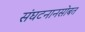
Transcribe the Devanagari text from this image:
संघटनानसोबत